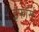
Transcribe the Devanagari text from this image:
इफॉर्स